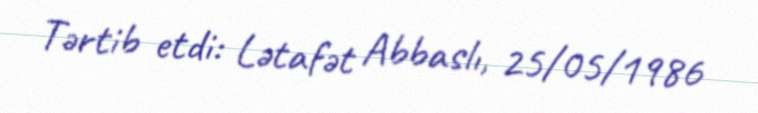
Tərtib etdi: Lətafət Abbaslı, 25/05/1986